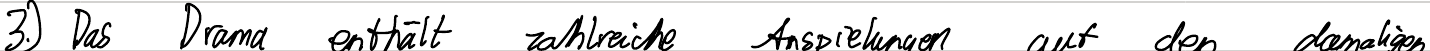
3.) Das Drama enthält zahlreiche Anspielungen auf den damaligen